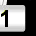
Digit: 1